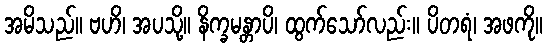
အမိသည်။ ဗဟိ၊ အပသို့။ နိက္ခမန္တာပိ၊ ထွက်သော်လည်း။ ပိတရံ၊ အဖကို။